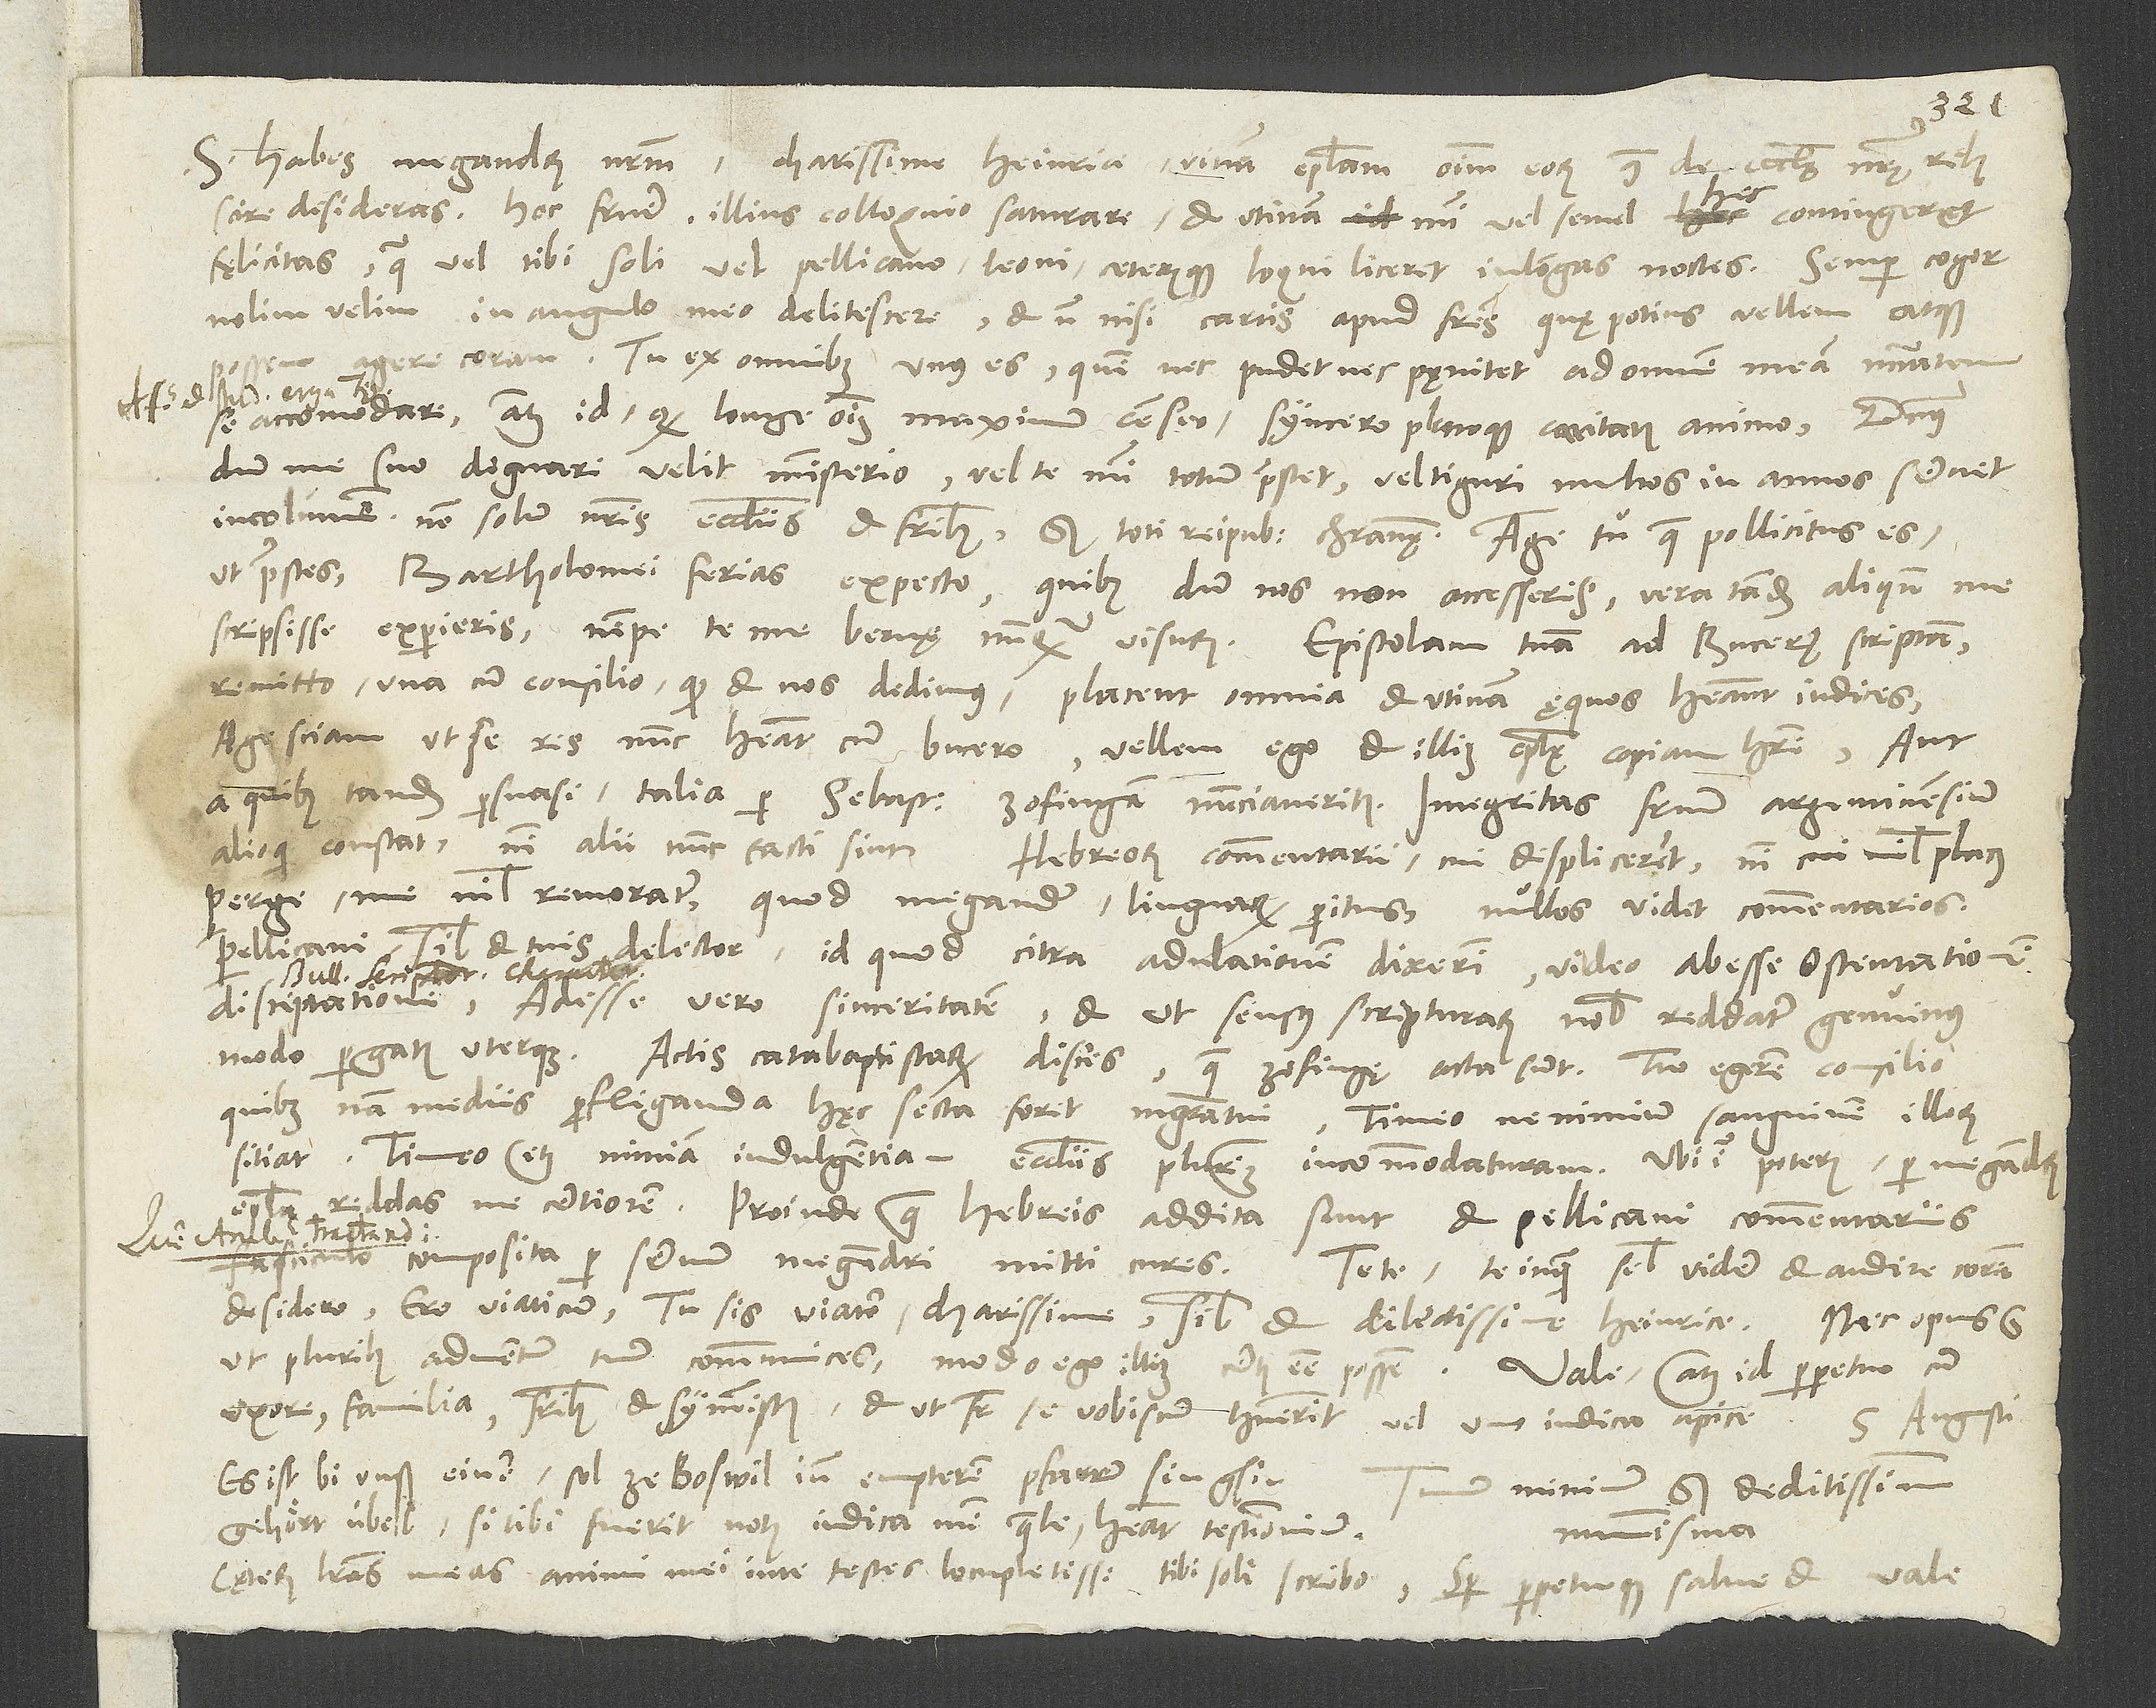
S. Habes Megandrum nostrum, charissime Heinrice, vivam epistolam omnium eorum, quae de ecclesię nostrę rebus
scire desideras. Hoc fruere, illius colloquio saturare. Et utinam mihi vel semel hec contingeret
fęlicitas, qua vel tibi soli vel Pellicano, Leoni ceterisque loqui liceret in longas noctes! Semper cogor,
nolim velim, in angulo meo delitescere et non nisi cartis apud fratres quę potius vellem atque
possem agere coram. Tu ex omnibus unus es, quem nec pudet nec pęnitet ad omnem meam necessitatem
se accommodare, atque id, quod longe omnium maximum censeo, syncero plenoque caritatis animo. Dominus,
dum me suo dignari velit ministerio, vel te mihi totum praestet vel Tiguri multos in annos servet
incolumem non solum nostris ecclesiis et fratribus, sed toti reipublicae christianae! Age tu, quae pollicitus es
ut praestes. Bartholomei ferias expecto, quibus dum nos non accesseris, vera tandem aliquando me
remitto una cum consilio, quod et nos dedimus. Placent omnia, et utinam ęquos habeant iudices.
Age sciam, ut se res nunc habeat cum Bucero. Vellem ego et illius epistolae copiam habere, aut
a quibus tandem persuasi talia per Sebastianum Zofingam nunciaveritis. Integritas fratrum Argentinensium
Perge. Me nihil remoratur, quod Megander linguarum peritus nullos videt commentarios.
Pellicani simul et tuis delector, id quod citra adulationem dixerim. Video abesse ostentationem,
disceptationem, adesse vero sinceritatem, et ut sensus scripturarum nobis reddatur genuinus,
Actis catabaptistarum disces, quae Zofingę acta sunt. Tuo egerem consilio,
quibusnam mediis profliganda hęc secta foret magistratui. Timeo, ne nimium sanguinem illorum
sitiat, timeo etiam nimiam indulgentiam ecclesiis plurimum incommodaturam. Ubi igitur poteris, per Megandrum
epistola reddas me certiorem. Proinde quae Hebreis addita sunt et Pellicani commentariis,
desidero. Ero viaticum, tu sis viator, charissime simul et dilectissime Heinrice, nec opus est,
ut pluribus adventum tuum communices, modo ego illius certus esse possem.
uxore, familia, fratribus et symmistis, et ut frater se vobiscum habuerit, vel uno indica apice.
5. augusti.
Es ist bi unß einer, sol ze Boswil inn empteren pfarrer sin gsin,
Tuum minimum sed deditissimum
gehört übel. Si tibi fuerit notus, indica mihi, quale habeat testimonium.
nummisma.
Caeterum literas meas, animi mei in te testes locupletissimas, tibi soli scribo. Semper perpetuoque salve et vale.